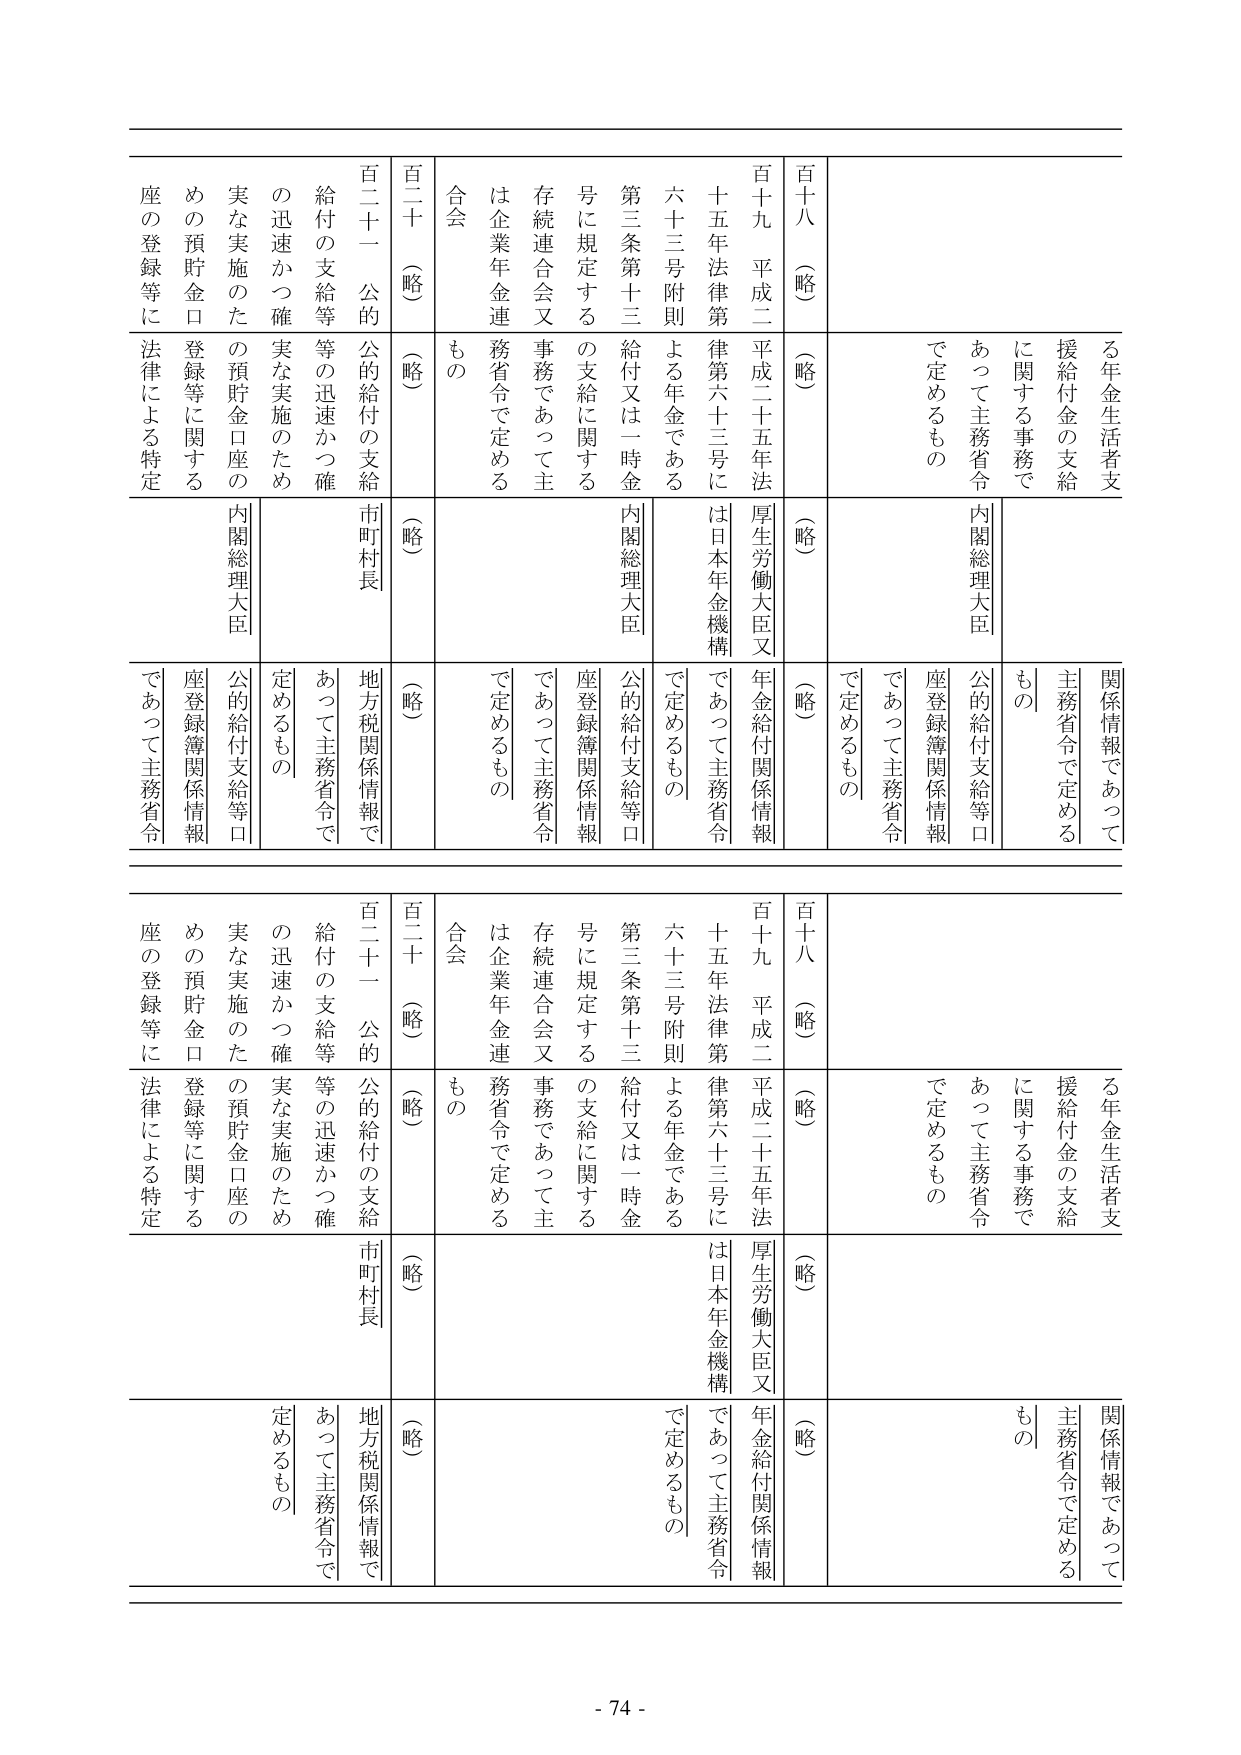
る年金生活者支援給付金の支給に関する事務であって主務省令で定めるもの
関係情報であって主務省令で定めるもの
百十八（略）（略）（略）
百十九 平成二十五年法厚生労働大臣又年金給付関係情報
十五年法律第律第六十三号には日本年金機構であって主務省令で定めるもの
六十三号附則 よる年金である
第三条第十三 給付又は一時金 公的給付支給等口座登録簿関係情報
号に規定する の支給に関する であって主務省令で定めるもの
存続連合会又 事務であって主 は企業年金連 務省令で定める
合会 もの
百二十（略）（略）（略）
百二十一 公的 公的給付の支給 市町村長
給付の支給等 等の迅速かつ確 あって主務省令で定めるもの
の迅速かつ確 実な実施のため 地方税関係情報で
実な実施のた の預貯金口座の 公的給付支給等口座登録簿関係情報
めの預貯金口 登録等に関する であって主務省令
座の登録等に 法律による特定

- 74 -